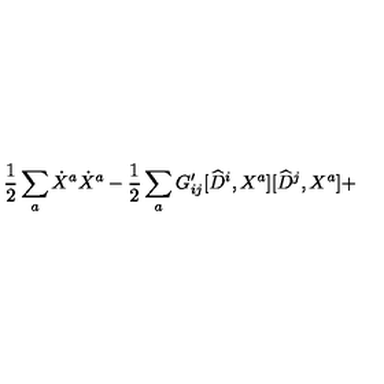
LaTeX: \frac { 1 } { 2 } \sum _ { a } \dot { X } ^ { a } \dot { X } ^ { a } - \frac { 1 } { 2 } \sum _ { a } G _ { i j } ^ { \prime } [ \widehat { D } ^ { i } , X ^ { a } ] [ \widehat { D } ^ { j } , X ^ { a } ] +